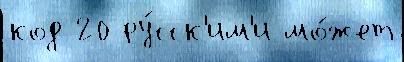
код 20 ру́сск'им'и мо́жет